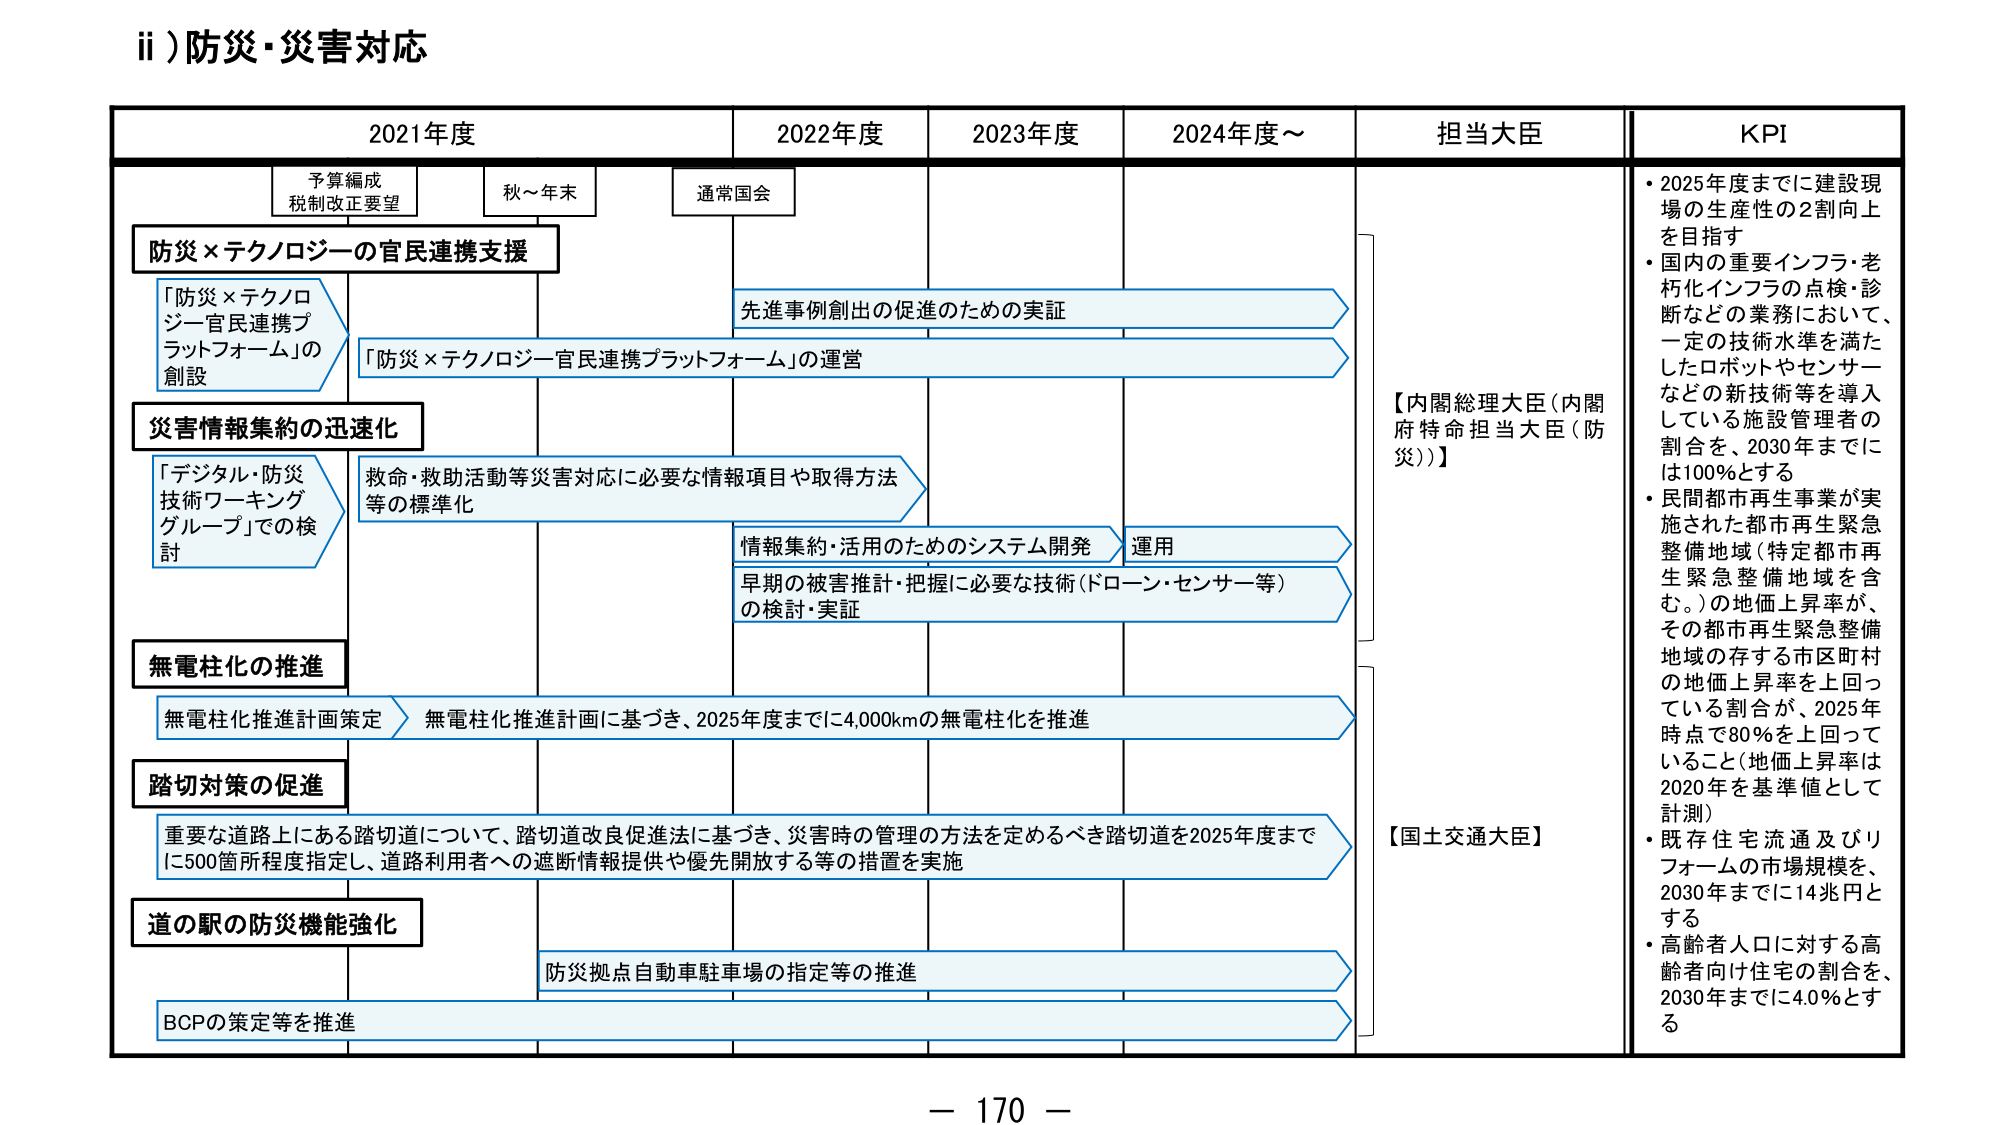
ii) 防災・災害対応

2021年度　　　　　　　2022年度　　　　　2023年度　　　　　2024年度～　　　担当大臣　　　　　KPI

予算編成　　　　　　　秋～年末　　　　　通常国会
税制改正要望

防災×テクノロジーの官民連携支援
「防災×テクノロジー官民連携プラットフォーム」の創設
先進事例創出の促進のための実証
「防災×テクノロジー官民連携プラットフォーム」の運営

災害情報集約の迅速化
「デジタル・防災技術ワーキンググループ」での検討
救命・救助活動等災害対応に必要な情報項目や取得方法等の標準化
情報集約・活用のためのシステム開発　　　運用
早期の被害推計・把握に必要な技術（ドローン・センサー等）の検討・実証

無電柱化の推進
無電柱化推進計画策定　　　無電柱化推進計画に基づき、2025年度までに4,000kmの無電柱化を推進

踏切対策の促進
重要な道路上にある踏切道について、踏切道改良促進法に基づき、災害時の管理の方法を定めるべき踏切道を2025年度までに500箇所程度指定し、道路利用者への遮断情報提供や優先開放する等の措置を実施

道の駅の防災機能強化
防災拠点自動車駐車場の指定等の推進
BCPの策定等を推進

【内閣総理大臣（内閣府特命担当大臣（防災））】

【国土交通大臣】

・2025年度までに建設現場の生産性の2割向上を目指す
・国内の重要インフラ・老朽化インフラの点検・診断などの業務において、一定の技術水準を満たしたロボットやセンサーなどの新技術等を導入している施設管理者の割合を、2030年までには100％とする
・民間都市再生事業が実施された都市再生緊急整備地域（特定都市再生緊急整備地域を含む。）の地価上昇率が、その都市再生緊急整備地域の存する市区町村の地価上昇率を上回っている割合が、2025年時点で80％を上回っていること（地価上昇率は2020年を基準値として計測）
・既存住宅流通及びリフォームの市場規模を、2030年までに14兆円とする
・高齢者人口に対する高齢者向け住宅の割合を、2030年までに4.0％とする

－ 170 －